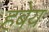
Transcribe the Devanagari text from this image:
हबेय